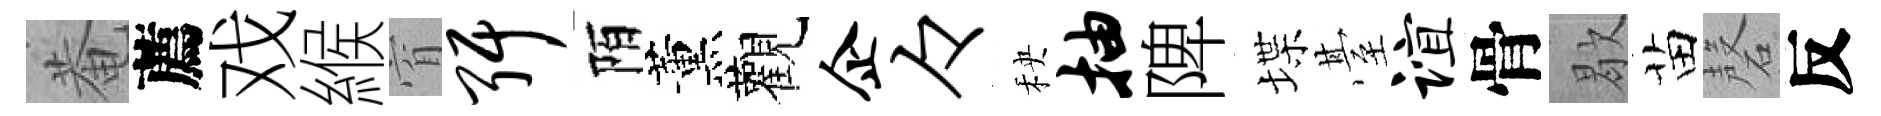
菴薦戏緱窅弭陌薰觀企々秧抽陴堞䑓谊骨歇苗磬反